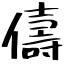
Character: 儔